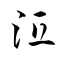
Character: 沍